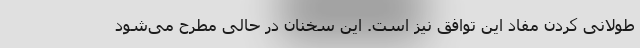
طولانی کردن مفاد این توافق نیز است. این سخنان در حالی مطرح می‌شود